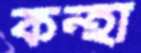
কন্হা